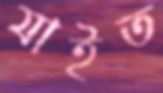
যাইত